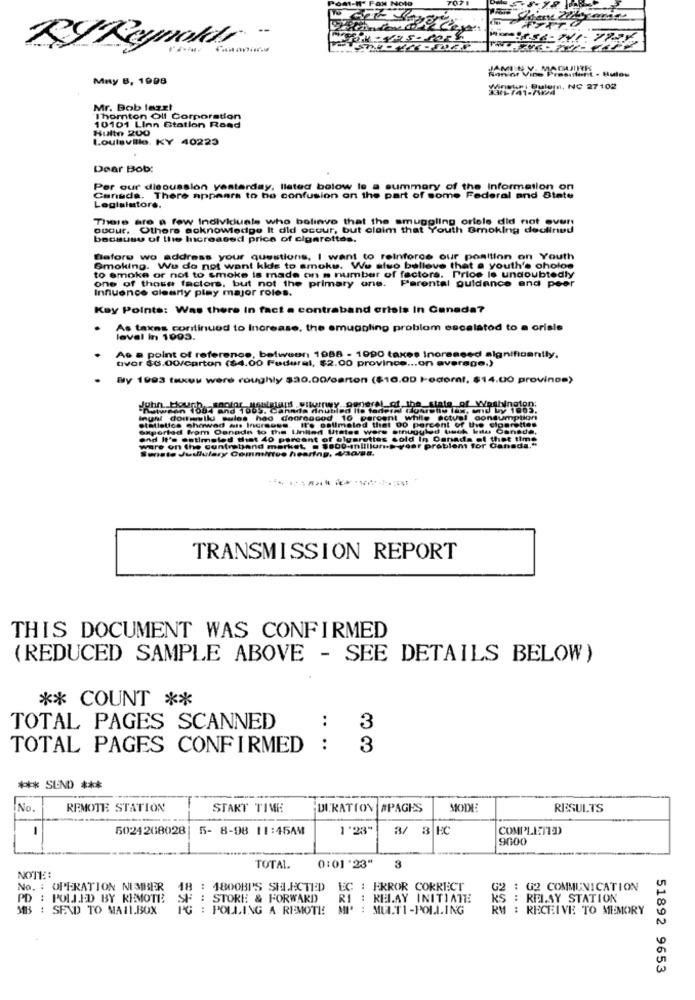
RYReynolds-
JAMIINY- MAGUIRE
Muy B, 1998
instci Buleme, NC 27102
Mr. Bob lazz!
Thornton Olf Corporation
Hultn 200
10101 Linn Station Road
Loulevillo. KY 40223
Dear Bob:
Per our discussion yesterday, Ilated bolow le a summary of the Information on
Canada. There appears to be confusion on the part of some Federal and State
Legislatore.
There are a few Individuals who believe that the smuggling oriole did not over!
ouGur. Others acknowledge It did occur, but claim that Youth Smoking deulinud
because of the Increased price of cigarettes.
Before wo address your questions, I want to reinforce our position on Youth
to smoke or not to smoke is made on a number of factors. Price is undoubtedly
Smoking. We do not want kids to smoke. We suo balleve that a youth's cholos
one of those factors, but not the primary one. Parental guidance and peer
Influence clearly play major roles.
Kay Points: Was there in fact a contraband crisis In Canada?
As taxas continued to Increase. the emuggling problom escalated to a crisis
level in 1093.
As a point of reference, between 1988 - 1990 taxes Increased algnificanily.
over $6.00/carton ($4.00 Pedural, $2.00 province ... on average.)
By 1993 taxes were roughly $30.00/carton ($10.00 Hodoral, $14.00 provinos)
Ingnl dormsllu sules had doornacod 10 percent while actual consumption
Statistics showed
Saperted from Can
Saperted From Canada to the United Utates were smuggled Uuch wale Canada,
Iro estimated that 00 percent of the cigan
end It's estimated diet 40 percent of elgarottes cold In Danada of that time
Senate Juululary Committee hearing, daags.
ware on the centreband market . $800-mnlllluris-year problem for Canada."
TRANSMISSION REPORT
THIS DOCUMENT WAS CONFIRMED
(REDUCED SAMPLE ABOVE - SEE DETAILS BELOW)
** COUNT **
TOTAL PAGES SCANNED
..
3
TOTAL PAGES CONFIRMED
:
3
*** SEND ***
No.
REMOTE STATION
START TIME
DURATION #PAGES
RESULTS
5024208028| 5- 8-98 11:45AM
1'23"
3/ 3 EC
COMPLETED
9000
TOTAL.
0:01'23"
3
NOTE ::
No. : OPERATION NUMBER
18 : 1800BI'S SH.ACTED EC : ERROR CORRECT
G2 : G2 COMMUNICATION
PD : POLLED BY REMOTE
SF : STORE & FORWARD
RI : RELAY INITIATE
KS : RELAY STATION
MB : SEND TO MAILBOX
PG : POLLING A REMOTE
MI : MULTI-POLLING
RM : RECEIVE TO MEMORY
51892 9653